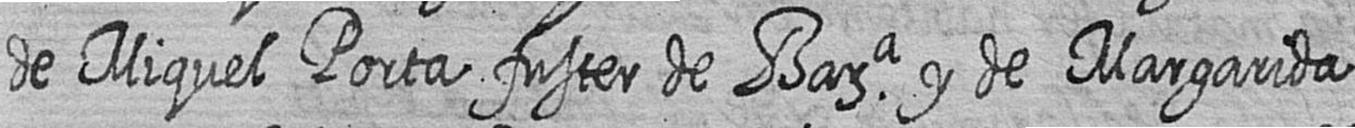
de Miquel Porta fuster de Bara y de Margarida